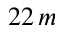
2 2 \, m